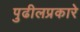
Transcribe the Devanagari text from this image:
पुढीलप्रकारे